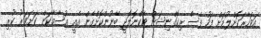
އަވަހާރަކޮށްލުމަށް ފަހު ފޭސް ރިކޮގްނިޝަން ޓެކްނޮލޮޖީ ބޭނުންކޮށްގެން އެއީ އުސާމާކަން ކަށަވަރު ކުރި